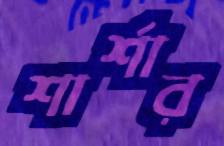
শার্শার